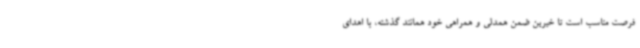
فرصت مناسب است تا خیرین ضمن همدلی و همراهی خود همانند گذشته، با اهدای